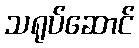
သရုပ်ဆောင်